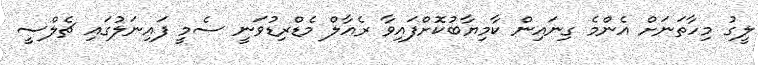
ލީގު މިހާތަނަށް އެންމެ ގިނައިން ކާމިޔާބުކޮށްފައިވާ ރެއާލް މެޑްރިޑުވަނީ ސެމީ ފައިނަލުގައި ޗެލްސީ